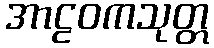
အာဠဝကသုတ္တ